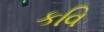
કવિ